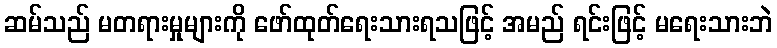
ဆမ်သည် မတရားမှုများကို ဖော်ထုတ်ရေးသားရသဖြင့် အမည် ရင်းဖြင့် မရေးသားဘဲ